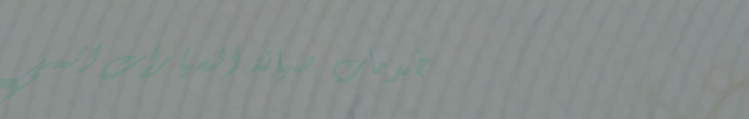
خدمات صيانة السيارات المي